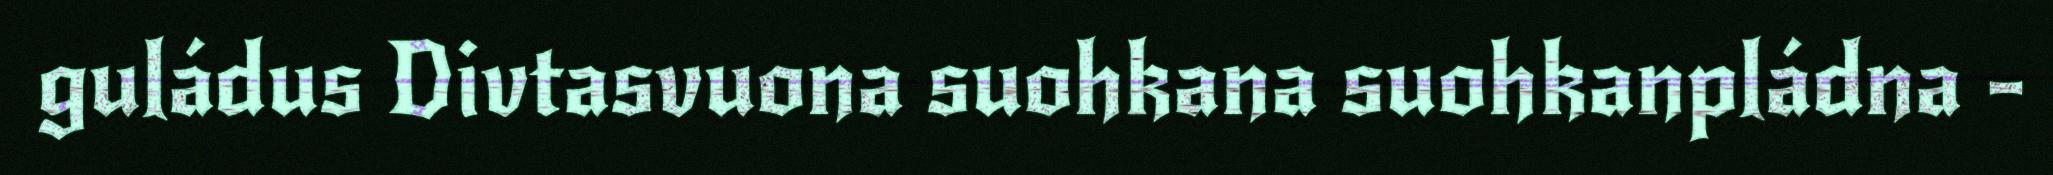
guládus Divtasvuona suohkana suohkanpládna -